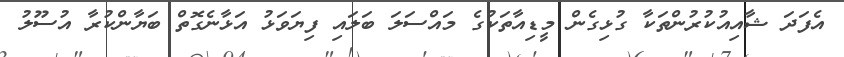
އެފަދަ ޝާއިއުކުރުންތަކާ ގުޅިގެން މީޑިއާތަކުގެ މައްސަލަ ބަލައި ފިޔަވަޅު އަޅާނެގޮތް ބަޔާންކުރާ އުސޫލު